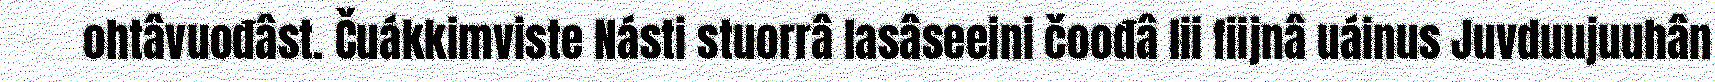
ohtâvuođâst. Čuákkimviste Násti stuorrâ lasâseeini čoođâ lii fiijnâ uáinus Juvduujuuhân